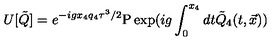
U [ { \tilde { Q } } ] = e ^ { - i g x _ { 4 } q _ { 4 } \tau ^ { 3 } / 2 } \mathrm { P } \exp ( i g \int _ { 0 } ^ { x _ { 4 } } d t { \tilde { Q } } _ { 4 } ( t , { \vec { x } } ) )